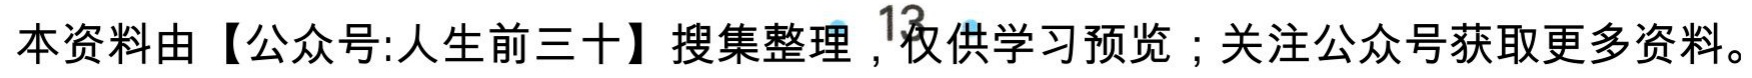
本资料由【公众号:人生前三十】搜集整理，仅供学习预览；关注公众号获取更多资料。